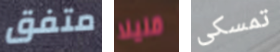
متفق قليلا تمسكى